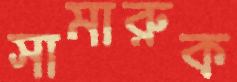
সামারুক